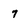
Character: 7